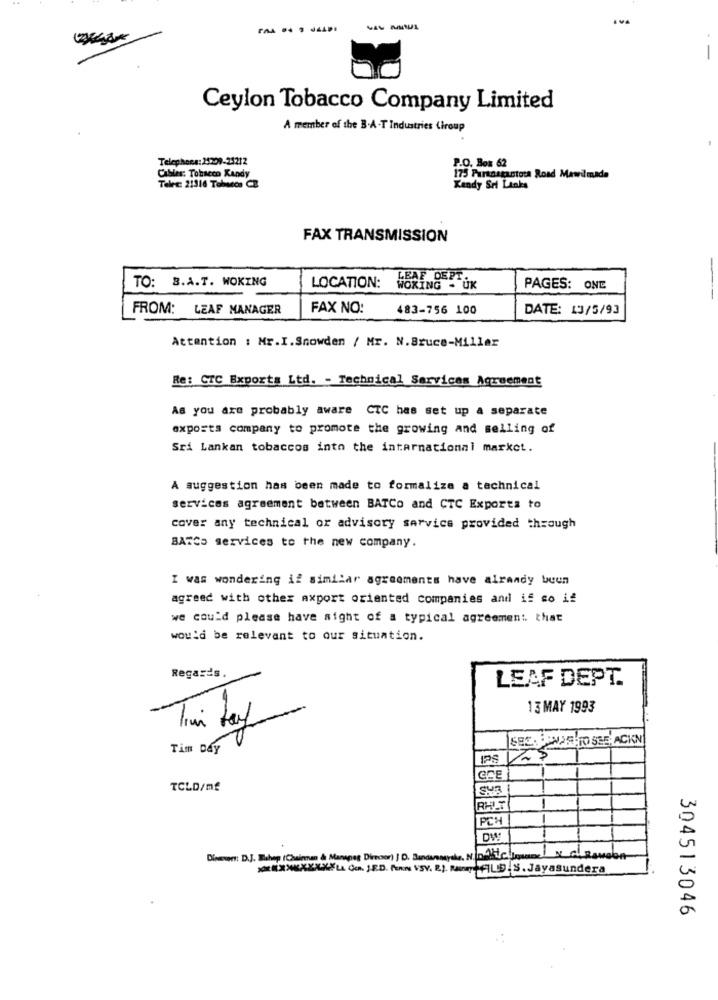
-
Ceylon Tobacco Company Limited
A member of the B-A-T Industries Ciroup
Telephone: 20209-21212
Cables: Tobacco Kandy
P.O. Box 62
175 Paraasgantota Road Mawilmade
Telec: 21316 Tobutos CE
Kandy Srt Links
FAX TRANSMISSION
TO: B.A.T. WOKING
LEAF DEPT.
LOCATION:
WOKING -
PAGES: ONE
FROM: LEAF MANAGER
FAX NO:
483-756 100
DATE: 13/5/93
Attention : Mr.I.Snowden / Mr. N.Bruce-Miller
Re: CTC Exports Ltd. - Technical Services Agreement
As you are probably aware CTC has set up a separate
exports company to promote the growing and selling of
Sri Lankan tobaccos into the international market.
A suggestion has been made to formalize a technical
services agreement between BATCo and CTC Exporta to
cover any technical or advisory service provided through
BATCO services to the new company.
I was wondering if similar agreements have already been
agreed with other export oriented companies and if so if
we could please have night of a typical agreement. that
would be relevant to our situation.
Regards.
LEAF DEPT.
13 MAY 1993
SEE. PNAR TO SEE. ACKN
Tim Day
PS VAS
TCLD/mf
1
RHLT
PCH
1
1
Dieser: D.J. Wlahep (Chairman & Manapeg Director) | D. Bundanmysle, N. p. )il ComuneIN ... Rawab
xxxxXXXXLL Co. JED. For VSV. E). RunALD. S. Jayasundera
304513046